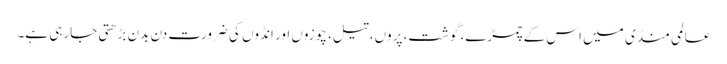
عالمی منڈی میں اس کے چمڑے، گوشت، پروں، تیل، چوزوں اور انڈوں کی ضرورت دن بدن بڑھتی جارہی ہے۔